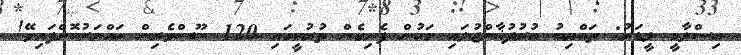
އިސްލާމީ ލީޑަރު: ތައްޔިބު އުރުދުޣާންޖުލައި މަހުން ފެށިގެން ތުރުކީގައި 120 ނޫސްވެރިން ހައްޔަރުކޮށްފައިވޭ!